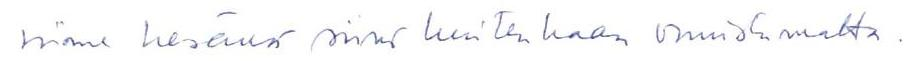
viime kesänä siinä kuitenkaan onnistumatta.